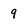
Character: 9